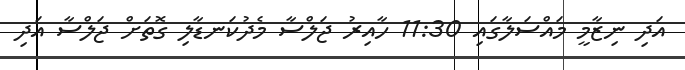
އަދި ނިޒާމީ މައްސަލާގައި 11:30 ހާއިރު ޖަލްސާ މެދުކަނޑާލި ގޮތަށް ޖަލްސާ އަދި